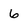
Character: 6